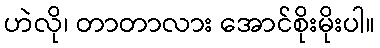
ဟဲလို၊ တာတာလား အောင်စိုးမိုးပါ။